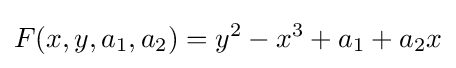
F(x,y,a_{1},a_{2})=y^{2}-x^{3}+a_{1}+a_{2}x